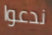
ندعوا